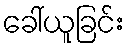
ခေါ်ယူခြင်း